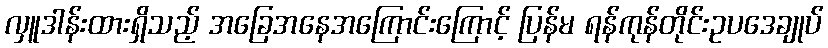
လှူဒါန်းထားရှိသည့် အခြေအနေအကြောင်းကြောင့် ပြန်မ ရန်ကုန်တိုင်းဥပဒေချုပ်